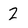
Character: 2